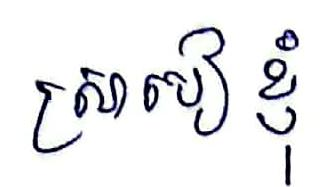
ស្រាបៀខ្ញុំ